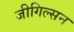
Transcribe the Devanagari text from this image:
जीगिल्सन